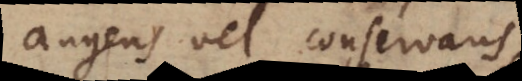
augens vel conservans.